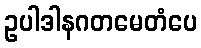
ဥပါဒါနဂတမေတံပေ